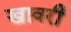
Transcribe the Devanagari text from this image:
खावरी